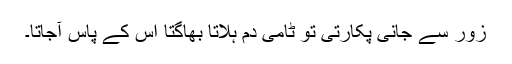
زور سے جانی پکارتی تو ٹامی دَم ہلاتا بھاگتا اس کے پاس آجاتا۔